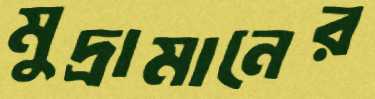
মুদ্রামানের